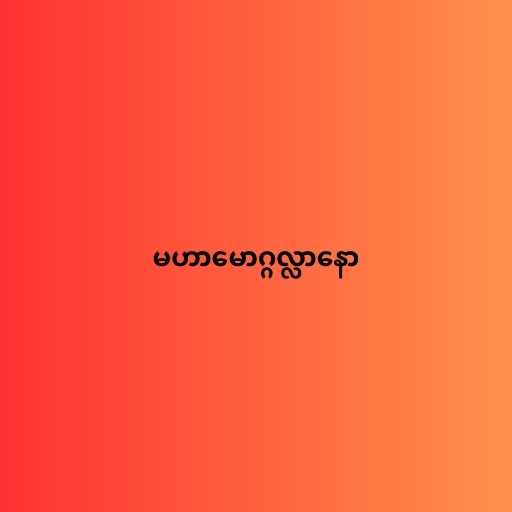
မဟာမောဂ္ဂလ္လာနော